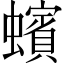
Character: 蠙